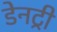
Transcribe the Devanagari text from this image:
डेनट्री